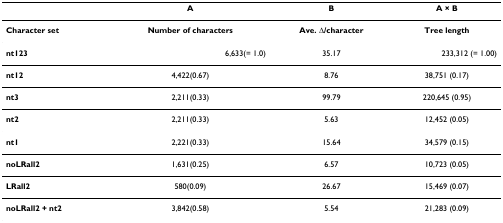
<table><thead><tr><td></td><td><b>A</b></td><td><b>B</b></td><td><b>A × B</b></td></tr></thead><tbody><tr><td><b>Character set</b></td><td><b>Number of characters</b></td><td><b>Ave. Δ/character</b></td><td><b>Tree length</b></td></tr><tr><td><b>nt123</b></td><td>6,633(= 1.0)</td><td>35.17</td><td>233,312 (= 1.00)</td></tr><tr><td><b>nt12</b></td><td>4,422(0.67)</td><td>8.76</td><td>38,751 (0.17)</td></tr><tr><td><b>nt3</b></td><td>2,211(0.33)</td><td>99.79</td><td>220,645 (0.95)</td></tr><tr><td><b>nt2</b></td><td>2,211(0.33)</td><td>5.63</td><td>12,452 (0.05)</td></tr><tr><td><b>nt1</b></td><td>2,221(0.33)</td><td>15.64</td><td>34,579 (0.15)</td></tr><tr><td><b>noLRall2</b></td><td>1,631(0.25)</td><td>6.57</td><td>10,723 (0.05)</td></tr><tr><td><b>LRall2</b></td><td>580(0.09)</td><td>26.67</td><td>15,469 (0.07)</td></tr><tr><td><b>noLRall2 + nt2</b></td><td>3,842(0.58)</td><td>5.54</td><td>21,283 (0.09)</td></tr></tbody></table>